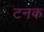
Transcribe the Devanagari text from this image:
टनक